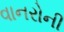
વાનરોની